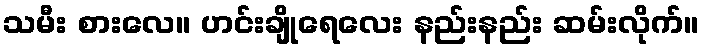
သမီး စားလေ။ ဟင်းချိုရေလေး နည်းနည်း ဆမ်းလိုက်။